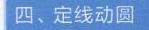
四、定线动圆